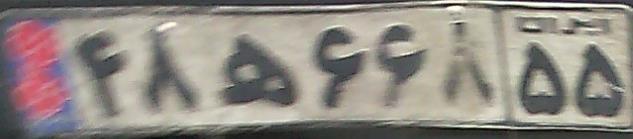
۴۸ه۶۶۸۵۵